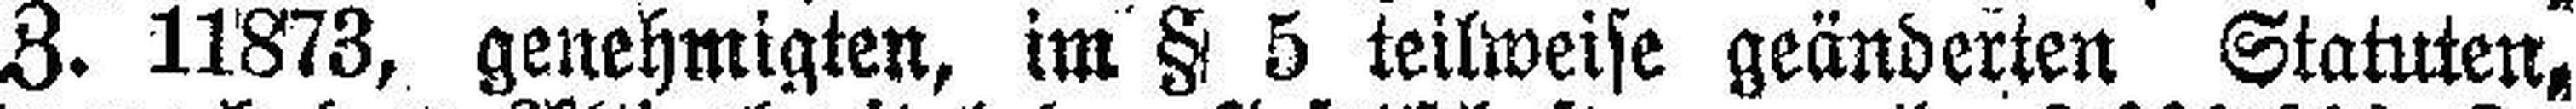
Z. 11873, genehmigten, im § 5 teilweise geänderten Statuten,